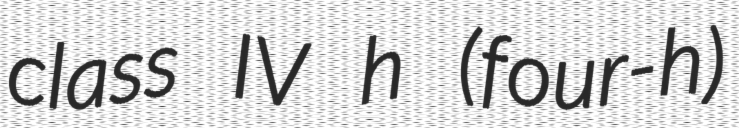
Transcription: class IV h (four-h)